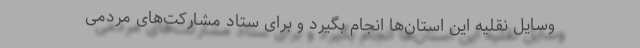
وسایل نقلیه این استان‌ها انجام بگیرد و برای ستاد مشارکت‌های مردمی